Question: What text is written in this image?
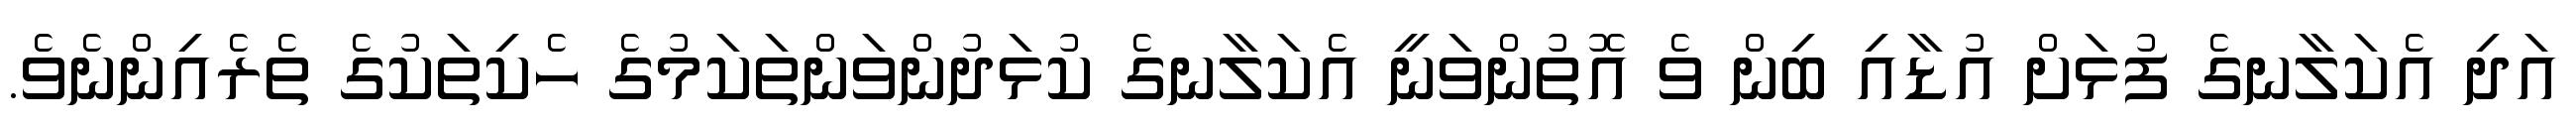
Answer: އަދި އެކަލާނގެ ފުޅަށް އުޑާއި ބިން ވެ އޮތުންވަނީ އެކަލާނގެ ކުޅަދުންވަންތަކަމުގެ ހެކިތަކުގެ ތެރެއިންނެވެ.